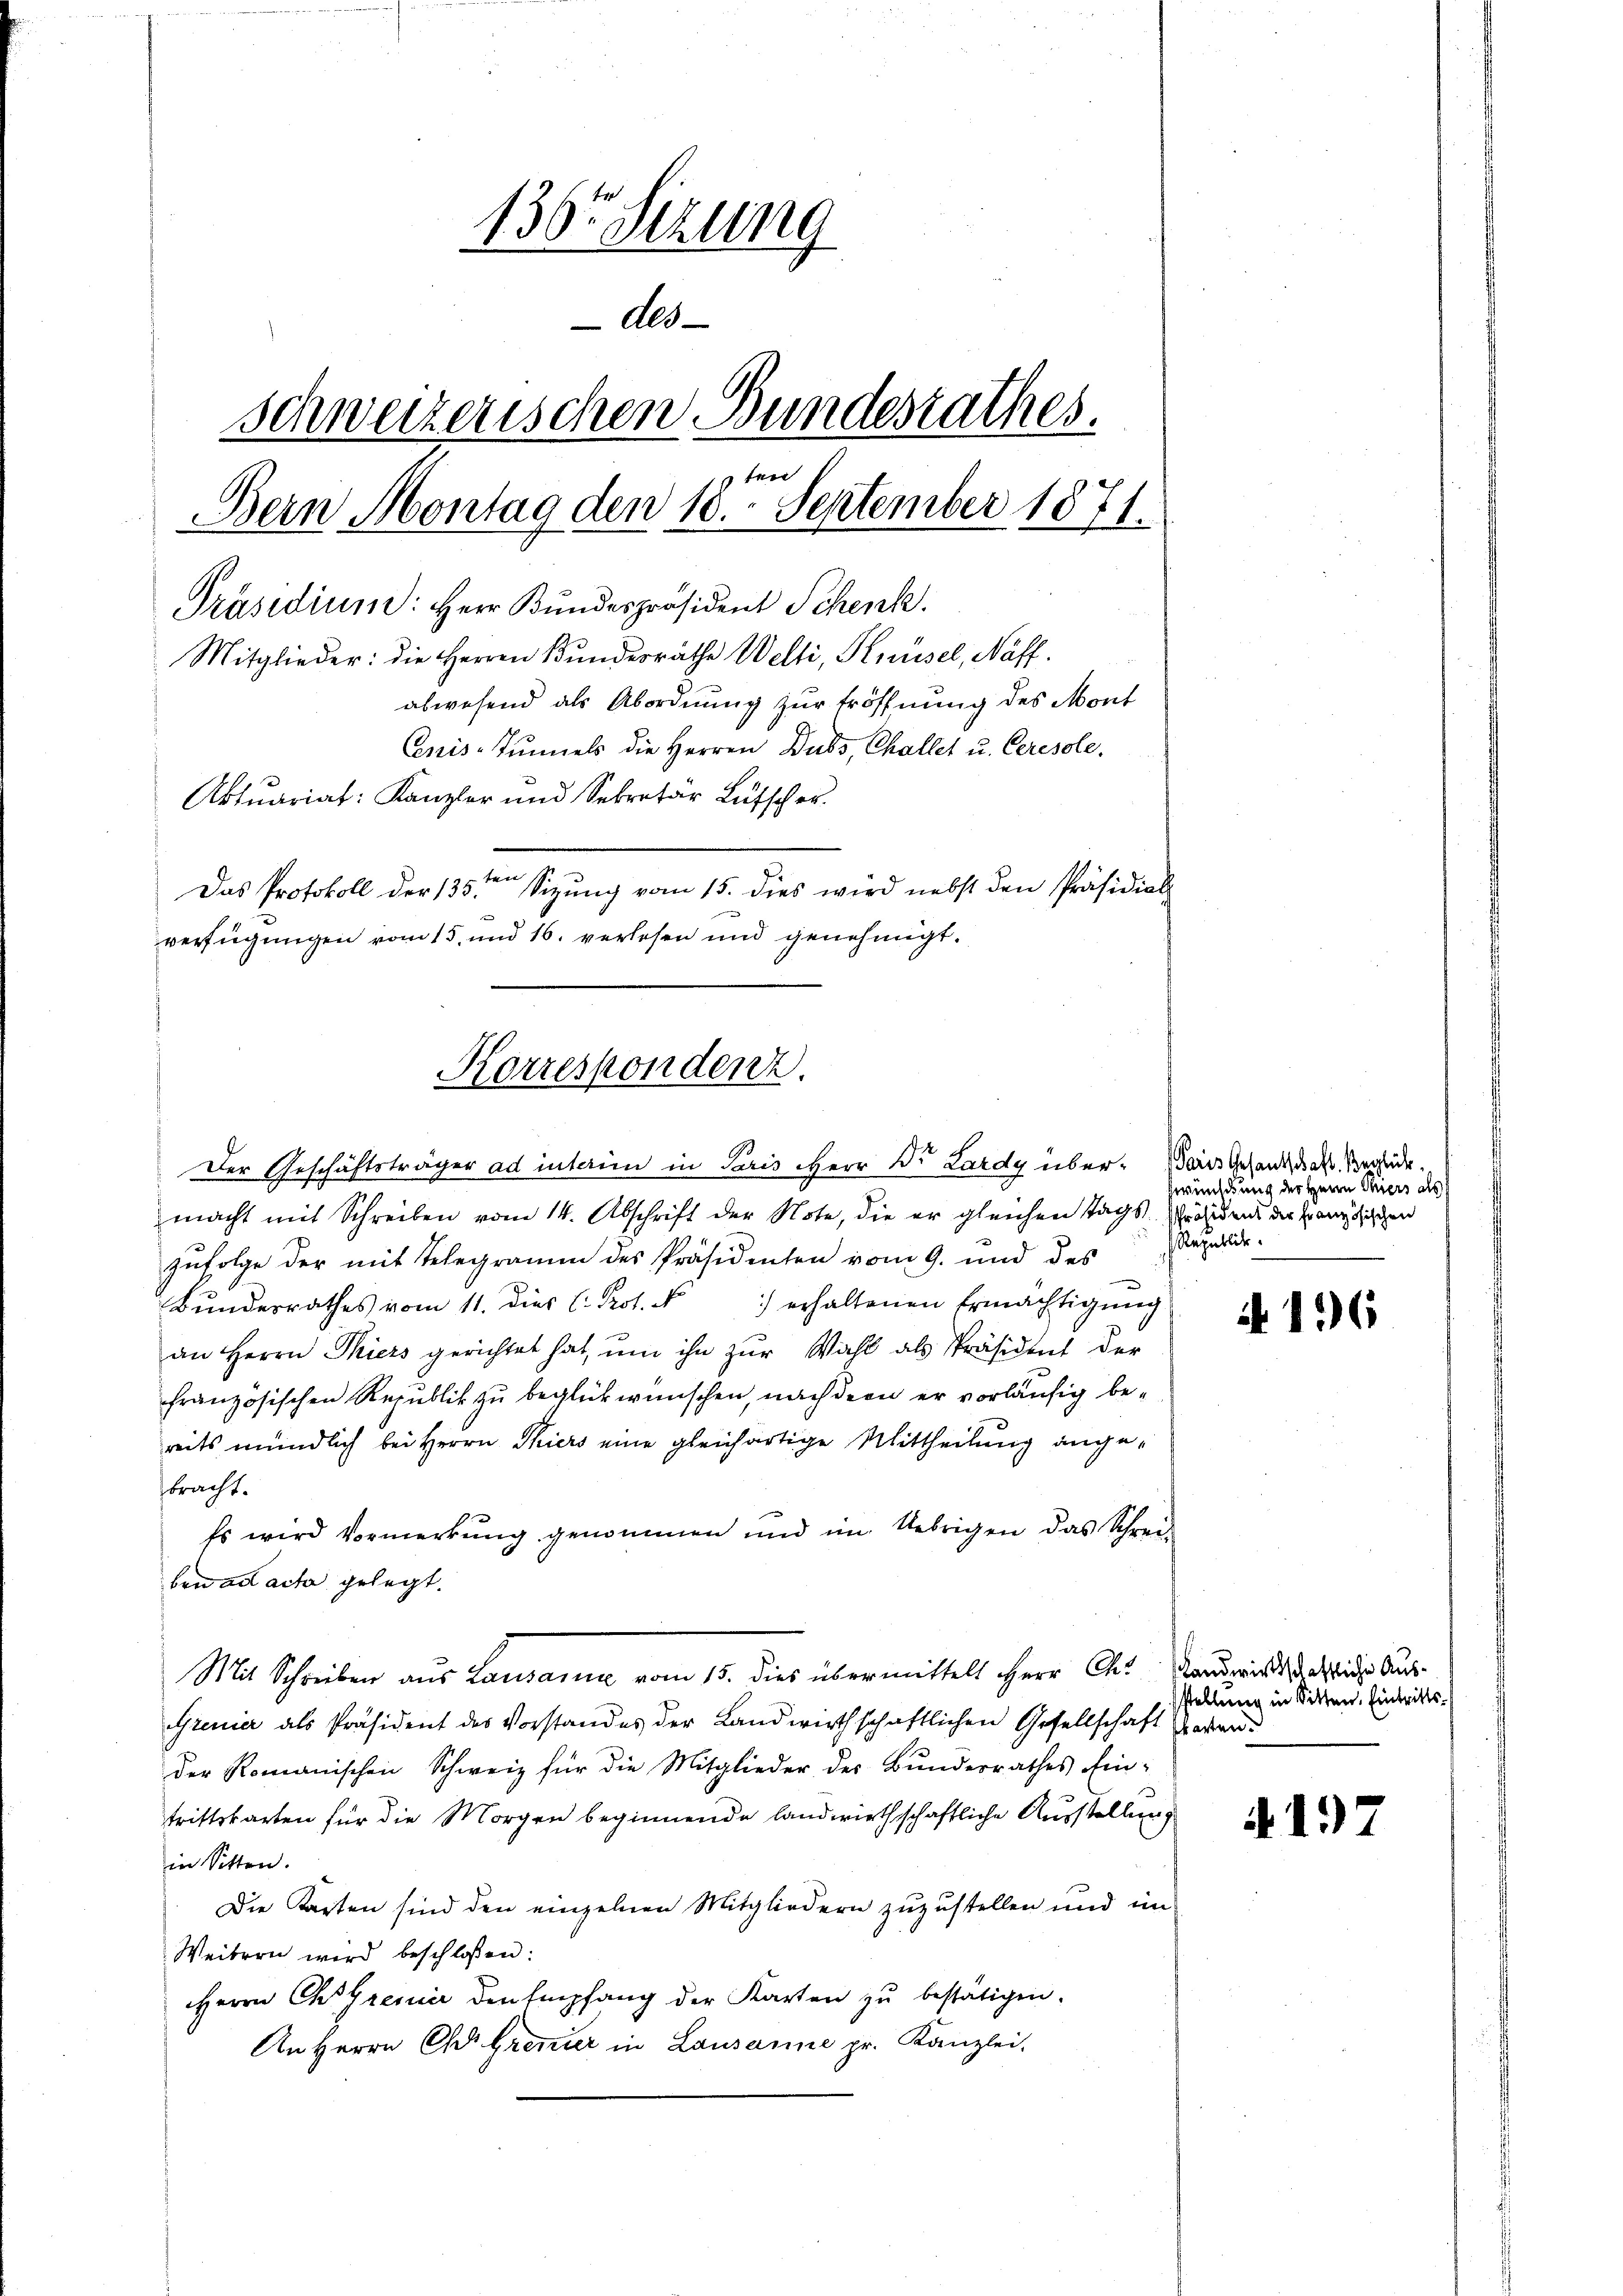
136 Sizung
des
schweizerischen Bundesrathes.
pten
Bern Montag den 10. September 1871.
Präsidium: Herr Bundespräsident Schenk.
Mitglieder: die Herren Bundesräthe Welti, Knüsel, Naff.
abwesend als Abordnung zur Eröffnung des Mont
Cenis-Tŭnnels die Herren Dubs, Challet u. Ceresole,
Aktuariat: Kanzler und Sekretär Lütscher.
n
Das Protokoll der 135. Sizŭng vom 15. dies wird nebst den Präsidial-
verfügungen vom 15. und 16. verlesen und genehmigt.

Korrespondenz.
Der Geschäftsträger ad interim in Paris Herr Dr. Lardy über-Bains Gesandt das Berede

macht mit Schreiben vom 14. Abschrift der Note, die er gleichen Tags Präsidens die Französischen
zufolge der mit Telegramm des Präsidenten vom 9. und des
Bŭndesrathes vom 11. dies l. Prof. N 1) erhaltenen Ermächtigŭng
an Herrn Thiers gerichtet hat, ŭm ihn zŭr Wahl als Präsident der
französischen Republik zu beglückwünschen, nach dem er vorläufig bereits mündlich bei Herrn Thiers eine gleichartige Mittheilung angebracht.
Es wird Vormerkung genommen und im Uebrigen das Schrei-
ben ad acta gelegt.
Mit Schreiben aus Lausanne vom 15. dies übermittelt Herr C. Landwirtsetzliches Aus¬
Grenier als Präsident des Vorstandes der Landwirthschaftlichen Gesellschaft zwar
der Romanischen Schweiz für die Mitglieder des Bunderrathes Eintrittskarten für die Morgen beginnende landwirthschaftliche Ausstellung
in Sitten.
Die Karten sind den einzelnen Mitgliedern zuzustellen und im
Weibern wird beschlossen:
Herrn CGreuer den Empfang der Karten zu bestätigen.
An Herrn Chr. Grenzer in Lausanne pr. Kanzlei

wünschung der Herrn Thiers als
Republik

136

stellung in Sitten. Eintritts¬

A.197